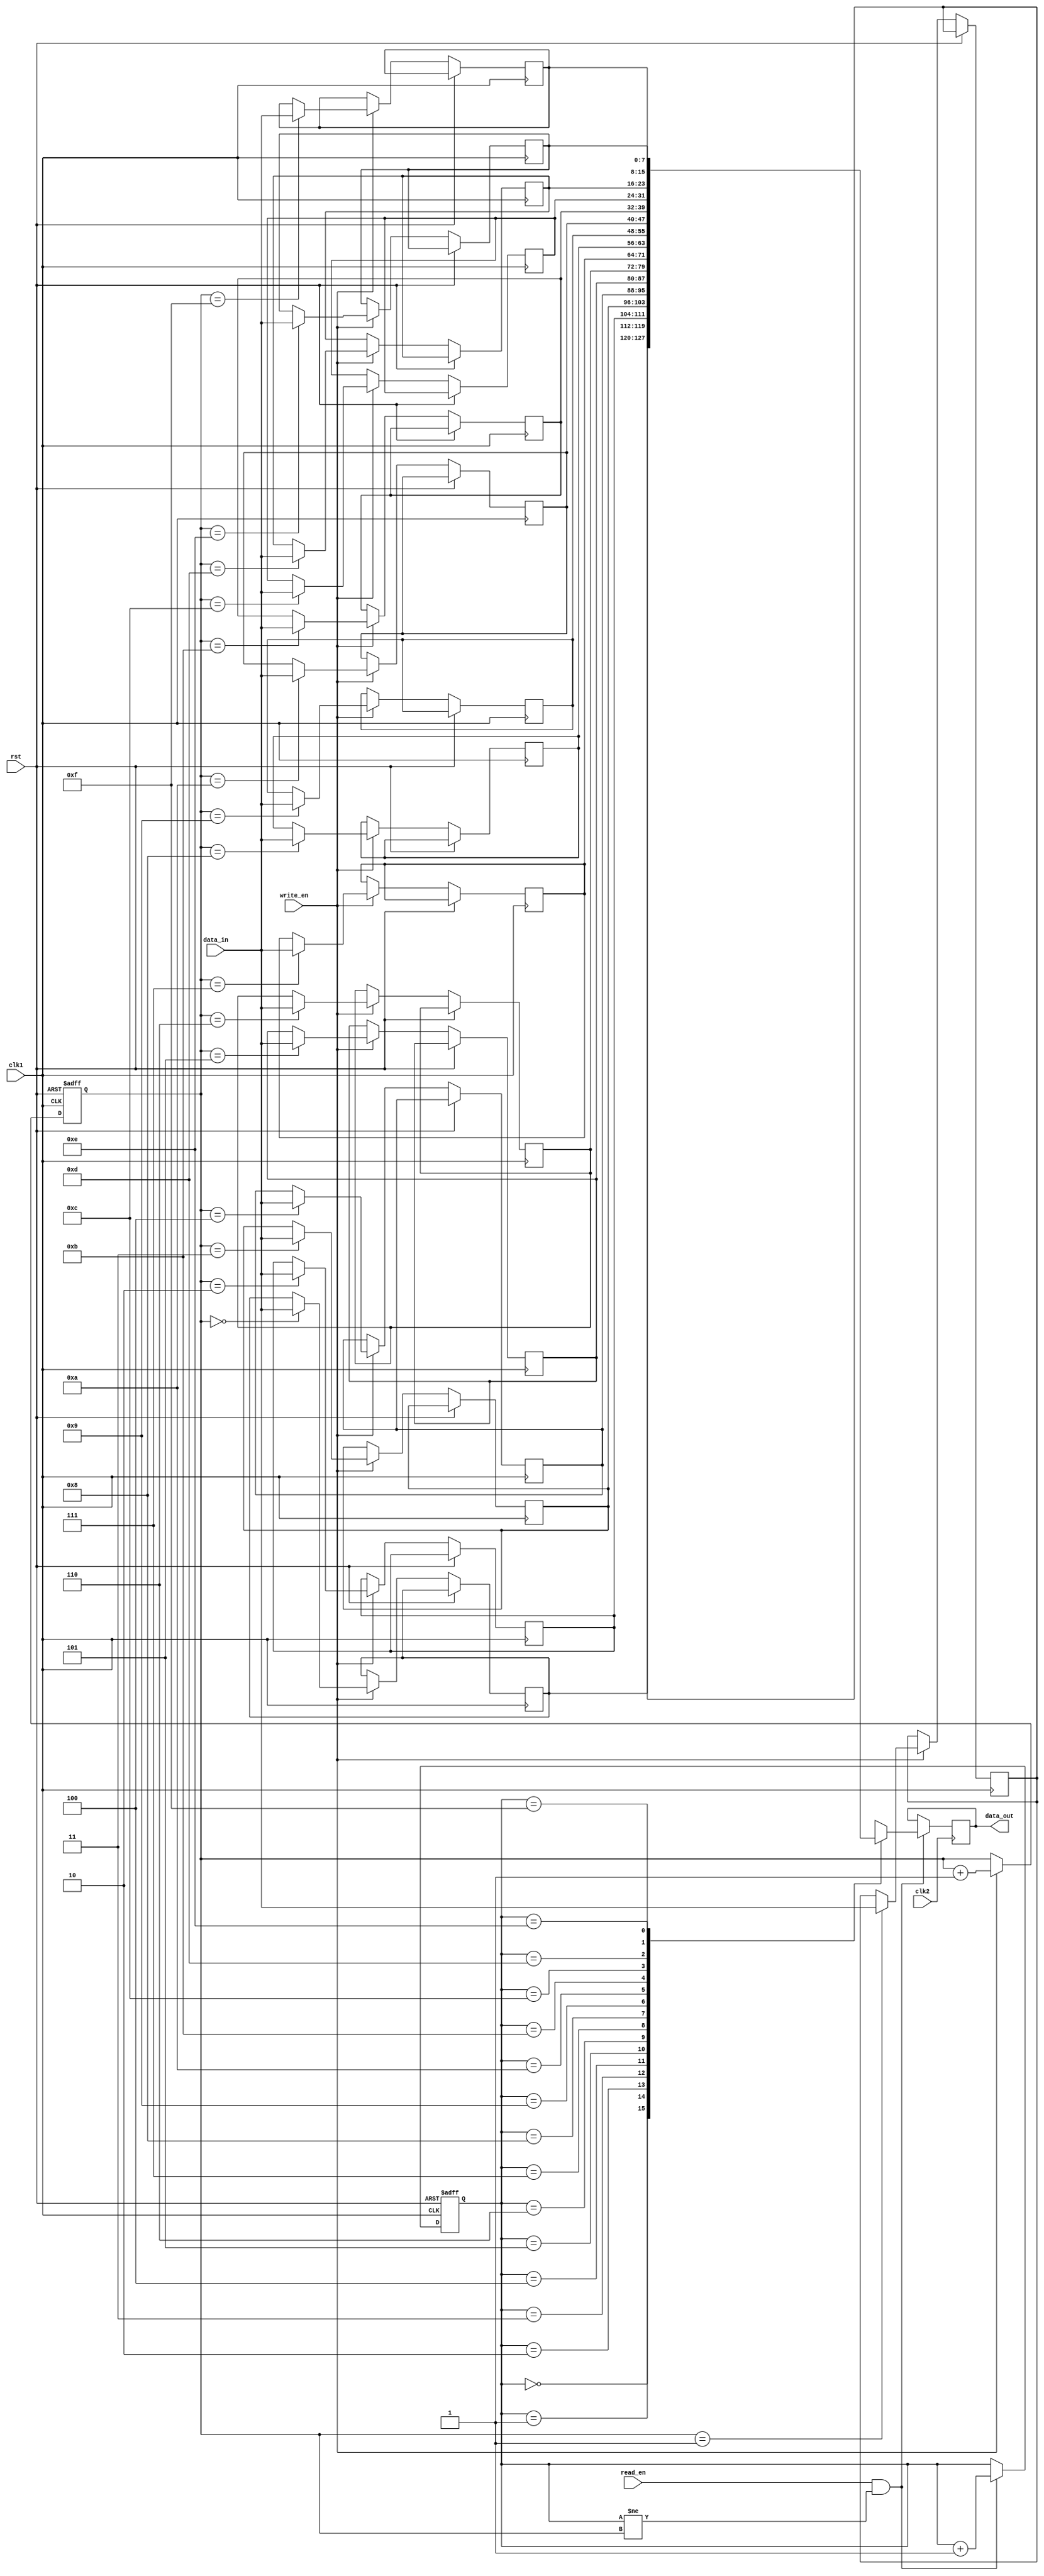
module fifo_buffer (
    input wire clk1, // Clock signal for clock domain 1
    input wire clk2, // Clock signal for clock domain 2
    input wire rst, // Reset signal
    input wire read_en, // Read enable signal
    input wire write_en, // Write enable signal
    input wire [7:0] data_in, // Input data
    output wire [7:0] data_out // Output data
);

reg [7:0] fifo_mem [0:15]; // FIFO memory with depth of 16
reg [3:0] read_ptr, write_ptr; // Read and write pointers

// Timing control block
always @(posedge clk1 or posedge rst) begin
    if (rst) begin
        read_ptr <= 4'b0000; // Initialize read pointer
        write_ptr <= 4'b0000; // Initialize write pointer
    end else begin
        if (read_en && (read_ptr != write_ptr)) begin
            read_ptr <= read_ptr + 1;
        end
        if (write_en) begin
            fifo_mem[write_ptr] <= data_in;
            write_ptr <= write_ptr + 1;
        end
    end
end

// Synchronization block
reg [7:0] synchronized_data;
always @(posedge clk2) begin
    if (read_en && (read_ptr != write_ptr)) begin
        synchronized_data <= fifo_mem[read_ptr];
    end
end

assign data_out = synchronized_data;

endmodule